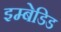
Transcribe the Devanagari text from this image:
इम्बेडिड